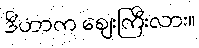
ဒီဟာက ဈေးကြီးလား။